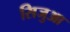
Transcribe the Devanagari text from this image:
सिजुआ